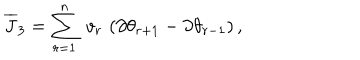
{ \overline { { J } } } _ { 3 } = \sum _ { r = 1 } ^ { n } \; v _ { r } \, \left( \partial \theta _ { r + 1 } - \partial \theta _ { r - 1 } \right) ,